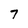
Character: 7